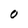
Character: O